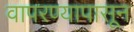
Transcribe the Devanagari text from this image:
वापरण्यापासून